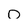
Character: o